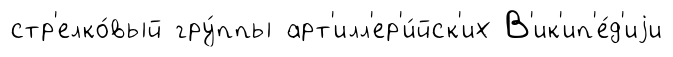
стр'елко́вый гру́ппы арт'илл'ер'и́йск'их В'ик'ип'е́д'иjи